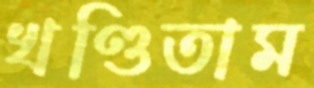
খণ্ডিতাম